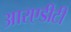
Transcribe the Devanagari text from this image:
आरएडीटी